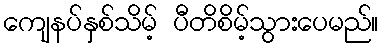
ကျေနပ်နှစ်သိမ့် ပီတိစိမ့်သွားပေမည်။